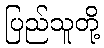
ပြည်သူတို့